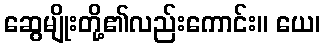
ဆွေမျိုးတို့၏လည်းကောင်း။ ယေ၊